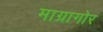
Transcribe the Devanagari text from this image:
माग्रागोर